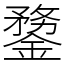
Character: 䥐